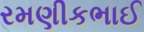
રમણીકભાઈ